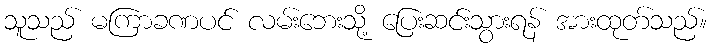
သူသည် မကြာခဏပင် လမ်းဘေးသို့ ပြေးဆင်းသွားရန် အားထုတ်သည်။